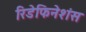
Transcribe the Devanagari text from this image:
रिडेफिनेशंस